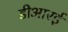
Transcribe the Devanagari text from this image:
डीआरई